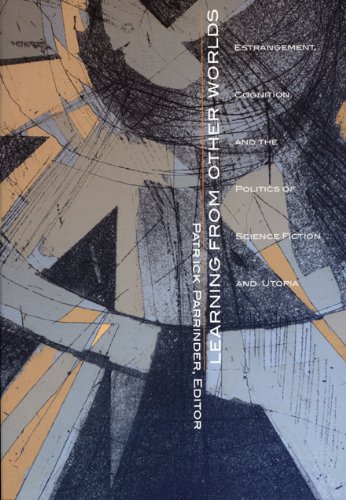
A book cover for Learning from Other Worlds: Estrangement, Cognition, and the Politics of Science Fiction and Utopia (Post-Contemporary Interventions); Science Fiction & Fantasy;